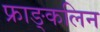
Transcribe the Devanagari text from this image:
फ्राङ्कलिन